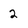
Character: 2